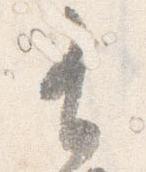
有